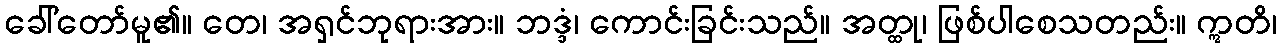
ခေါ်တော်မူ၏။ တေ၊ အရှင်ဘုရားအား။ ဘဒ္ဒံ၊ ကောင်းခြင်းသည်။ အတ္ထု၊ ဖြစ်ပါစေသတည်း။ ဣတိ၊